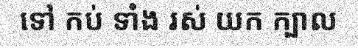
ទៅ កប់ ទាំង រស់ យក ក្បាល